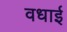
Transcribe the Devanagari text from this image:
वधाई